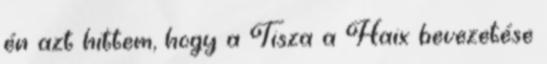
én azt hittem, hogy a Tisza a Haix bevezetése